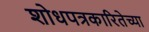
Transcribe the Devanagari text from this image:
शोधपत्रकारितेच्या